Annual administration and progress report of the Indian Medical Department, Bombay
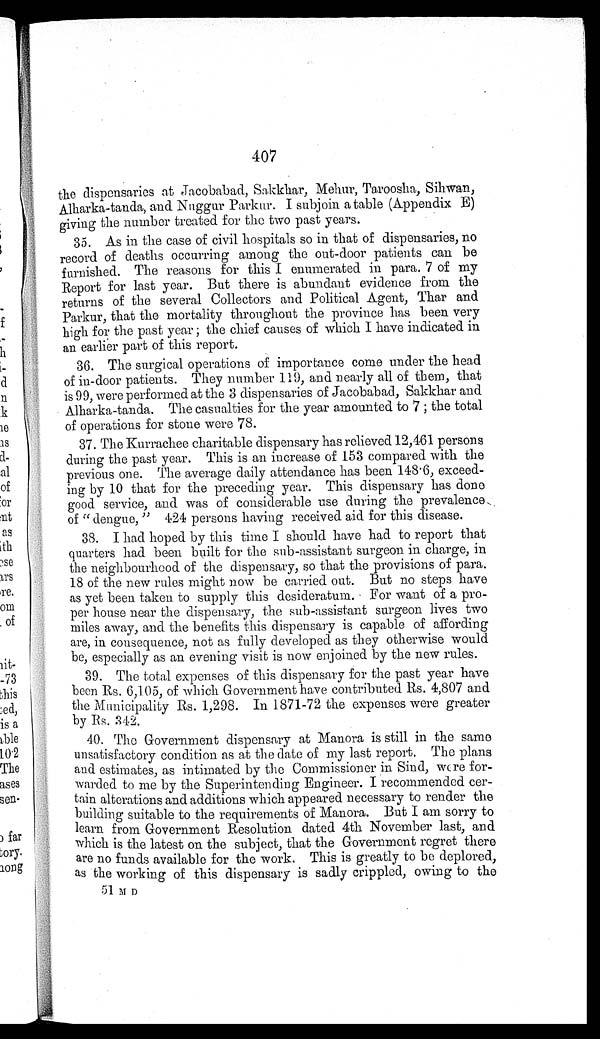
407
the dispensaries at Jacobabad, Sakkhar, Mehur, Taroosha, Sihwan,
Alharka-tanda, and Nuggur Parkur. I subjoin a table (Appendix E)
giving the number treated for the two past years.
35. As in the case of civil hospitals so in that of dispensaries, no
record of deaths occurring among the out-door patients can be
furnished. The reasons for this I enumerated in para. 7 of my
Report for last year. But there is abundant evidence from the
returns of the several Collectors and Political Agent, Thar and
Parkur, that the mortality throughout the province has been very
high for the past year; the chief causes of which I have indicated in
an earlier part of this report.
36. The surgical operations of importance come under the head
of in-door patients. They number 119, and nearly all of them, that
is 99, were performed at the 3 dispensaries of Jacobabad, Sakkhar and
Alharka-tanda. The casualties for the year amounted to 7; the total
of operations for stone were 78.
37. The Kurrachee charitable dispensary has relieved 12,461 persons
during the past year. This is an increase of 153 compared with the
previous one. The average daily attendance has been 148.6, exceed
-
ing by 10 that for the preceding year. This dispensary has done
good service, and was of considerable use during the prevalence
of "dengue," 424 persons having received aid for this disease.
38. I had hoped by this time I should have had to report that
quarters had been built for the sub-assistant surgeon in charge, in
the neighbourhood of the dispensary, so that the provisions of para.
18 of the new rules might now be carried out. But no steps have
as yet been taken to supply this desideratum. For want of a pro
-
per house near the dispensary, the sub-assistant surgeon lives two
miles away, and the benefits this dispensary is capable of affording
are, in consequence, not as fully developed as they otherwise would
be, especially as an evening visit is now enjoined by the new rules.
39. The total expenses of this dispensary for the past year have
been Rs. 6,105, of which Government have contributed Rs. 4,807 and
the Municipality Rs. 1,298. In 1871-72 the expenses were greater
by Rs. 342.
40. The Government dispensary at Manora is still in the same
unsatisfactory condition as at the date of my last report. The plans
and estimates, as intimated by the Commissioner in Sind, were for
-
warded to me by the Superintending Engineer. I recommended cer
-
tain alterations and additions which appeared necessary to render the
building suitable to the requirements of Manora. But I am sorry to
learn from Government Resolution dated 4th November last, and
which is the latest on the subject, that the Government regret there
are no funds available for the work. This is greatly to be deplored,
as the working of this dispensary is sadly crippled, owing to the
51 M D